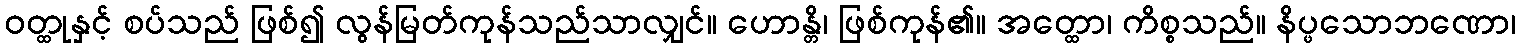
ဝတ္ထုနှင့် စပ်သည် ဖြစ်၍ လွန်မြတ်ကုန်သည်သာလျှင်။ ဟောန္တိ၊ ဖြစ်ကုန်၏။ အတ္ထော၊ ကိစ္စသည်။ နိပ္ဖသောဘဏော၊